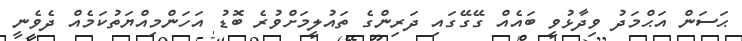
ޙަސަން އަޙްމަދު ވިދާޅުވީ ބައެއް ގޭގޭގައި ދަރިންގެ ތައުލީމަށްވުރެ ބޮޑު އަހަންމިއްޔަތުކަމެއް ދެވެނީ